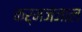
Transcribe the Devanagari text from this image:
कर्मजंजाल